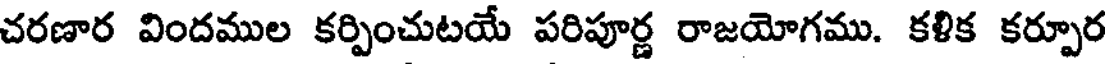
చరణార విందముల కర్పించుటయే పరిపూర్ణ రాజయోగము. కళిక కర్పూర